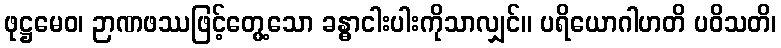
ဖုဋ္ဌမေဝ၊ ဉာဏဖဿဖြင့်တွေ့သော ခန္ဓာငါးပါးကိုသာလျှင်။ ပရိယောဂါဟတိ ပဝိသတိ၊